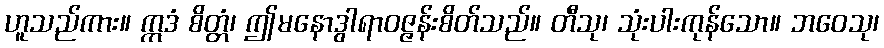
ဟူသည်ကား။ ဣဒံ စိတ္တံ၊ ဤမနောဒွါရာဝဇ္ဇန်းစိတ်သည်။ တီသု၊ သုံးပါးကုန်သော။ ဘဝေသု၊